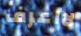
لااعرف